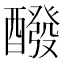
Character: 醱